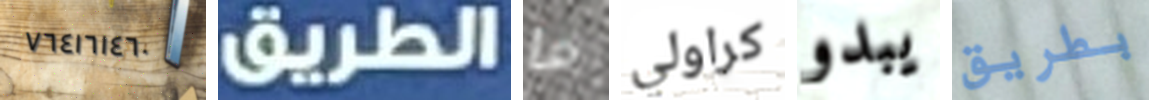
٧٦٤١٦١٤٦٠ الطريق ما كراولي يبدو بطريق